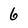
Character: 6